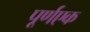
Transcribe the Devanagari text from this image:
पूर्णएक